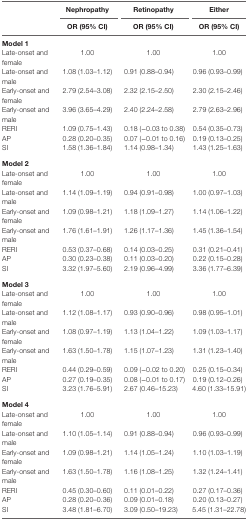
<table><thead><tr><td rowspan="2"></td><td><b>Nephropathy</b></td><td><b>Retinopathy</b></td><td><b>Either</b></td></tr><tr><td><b>OR (95% CI)</b></td><td><b>OR (95% CI)</b></td><td><b>OR (95% CI)</b></td></tr></thead><tbody><tr><td><b>Model 1</b></td><td></td><td></td><td></td></tr><tr><td>Late-onset and female</td><td>1.00</td><td>1.00</td><td>1.00</td></tr><tr><td>Late-onset and male</td><td>1.08 (1.03–1.12)</td><td>0.91 (0.88–0.94)</td><td>0.96 (0.93–0.99)</td></tr><tr><td>Early-onset and female</td><td>2.79 (2.54–3.08)</td><td>2.32 (2.15–2.50)</td><td>2.30 (2.15–2.46)</td></tr><tr><td>Early-onset and male</td><td>3.96 (3.65–4.29)</td><td>2.40 (2.24–2.58)</td><td>2.79 (2.63–2.96)</td></tr><tr><td>RERI</td><td>1.09 (0.75–1.43)</td><td>0.18 (−0.03 to 0.38)</td><td>0.54 (0.35–0.73)</td></tr><tr><td>AP</td><td>0.28 (0.20–0.35)</td><td>0.07 (−0.01 to 0.16)</td><td>0.19 (0.13–0.25)</td></tr><tr><td>SI</td><td>1.58 (1.36–1.84)</td><td>1.14 (0.98–1.34)</td><td>1.43 (1.25–1.63)</td></tr><tr><td><b>Model 2</b></td><td></td><td></td><td></td></tr><tr><td>Late-onset and female</td><td>1.00</td><td>1.00</td><td>1.00</td></tr><tr><td>Late-onset and male</td><td>1.14 (1.09–1.19)</td><td>0.94 (0.91–0.98)</td><td>1.00 (0.97–1.03)</td></tr><tr><td>Early-onset and female</td><td>1.09 (0.98–1.21)</td><td>1.18 (1.09–1.27)</td><td>1.14 (1.06–1.22)</td></tr><tr><td>Early-onset and male</td><td>1.76 (1.61–1.91)</td><td>1.26 (1.17–1.36)</td><td>1.45 (1.36–1.54)</td></tr><tr><td>RERI</td><td>0.53 (0.37–0.68)</td><td>0.14 (0.03–0.25)</td><td>0.31 (0.21–0.41)</td></tr><tr><td>AP</td><td>0.30 (0.23–0.38)</td><td>0.11 (0.03–0.20)</td><td>0.22 (0.15–0.28)</td></tr><tr><td>SI</td><td>3.32 (1.97–5.60)</td><td>2.19 (0.96–4.99)</td><td>3.36 (1.77–6.39)</td></tr><tr><td><b>Model 3</b></td><td></td><td></td><td></td></tr><tr><td>Late-onset and female</td><td>1.00</td><td>1.00</td><td>1.00</td></tr><tr><td>Late-onset and male</td><td>1.12 (1.08–1.17)</td><td>0.93 (0.90–0.96)</td><td>0.98 (0.95–1.01)</td></tr><tr><td>Early-onset and female</td><td>1.08 (0.97–1.19)</td><td>1.13 (1.04–1.22)</td><td>1.09 (1.03–1.17)</td></tr><tr><td>Early-onset and male</td><td>1.63 (1.50–1.78)</td><td>1.15 (1.07–1.23)</td><td>1.31 (1.23–1.40)</td></tr><tr><td>RERI</td><td>0.44 (0.29–0.59)</td><td>0.09 (−0.02 to 0.20)</td><td>0.25 (0.15–0.34)</td></tr><tr><td>AP</td><td>0.27 (0.19–0.35)</td><td>0.08 (−0.01 to 0.17)</td><td>0.19 (0.12–0.26)</td></tr><tr><td>SI</td><td>3.23 (1.76–5.91)</td><td>2.67 (0.46–15.23)</td><td>4.60 (1.33–15.91)</td></tr><tr><td><b>Model 4</b></td><td></td><td></td><td></td></tr><tr><td>Late-onset and female</td><td>1.00</td><td>1.00</td><td>1.00</td></tr><tr><td>Late-onset and male</td><td>1.10 (1.05–1.14)</td><td>0.91 (0.88–0.94)</td><td>0.96 (0.93–0.99)</td></tr><tr><td>Early-onset and female</td><td>1.09 (0.98–1.21)</td><td>1.14 (1.05–1.24)</td><td>1.10 (1.03–1.19)</td></tr><tr><td>Early-onset and male</td><td>1.63 (1.50–1.78)</td><td>1.16 (1.08–1.25)</td><td>1.32 (1.24–1.41)</td></tr><tr><td>RERI</td><td>0.45 (0.30–0.60)</td><td>0.11 (0.01–0.22)</td><td>0.27 (0.17–0.36)</td></tr><tr><td>AP</td><td>0.28 (0.20–0.36)</td><td>0.09 (0.01–0.18)</td><td>0.20 (0.13–0.27)</td></tr><tr><td>SI</td><td>3.48 (1.81–6.70)</td><td>3.09 (0.50–19.23)</td><td>5.45 (1.31–22.78)</td></tr></tbody></table>